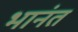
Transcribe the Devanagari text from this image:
भानंत